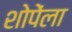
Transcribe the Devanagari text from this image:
शोपेंला